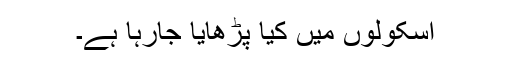
اسکولوں میں کیا پڑھایا جارہا ہے۔